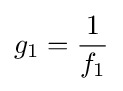
g_{1}={\frac {1}{f_{1}}}